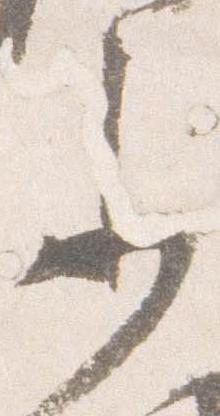
参